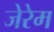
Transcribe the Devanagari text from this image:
जेरेम